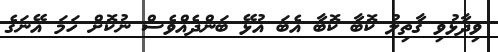
ވިދާޅުވި ގާތިލު ކޮބާ ކޮބާ އެބަ އުޅޭ ބަންދެއްވެސް ނުކޮށް ހަމަ އޭނަގެ